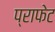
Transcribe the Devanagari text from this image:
प्राफेट